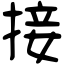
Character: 接